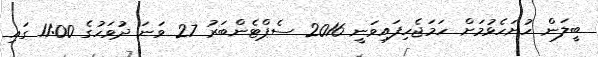
ބީލަން ހުށަހެޅުމަށް ހަމަޖެހިފައިވަނީ 2016 ސެޕްޓެންބަރު 27 ވަނަ ދުވަހުގެ 11:00 ގައި